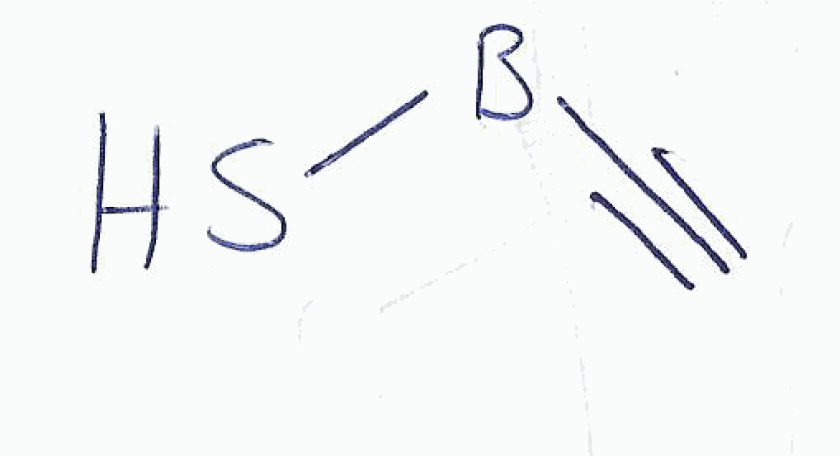
Simplified molecular-input line-entry system (SMILES) notation of the given molecule:
[B](C#C)S